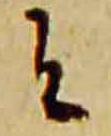
者